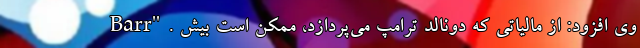
Barr". وی افزود: از مالیاتی که دونالد ترامپ می‌پردازد، ممکن است بیش